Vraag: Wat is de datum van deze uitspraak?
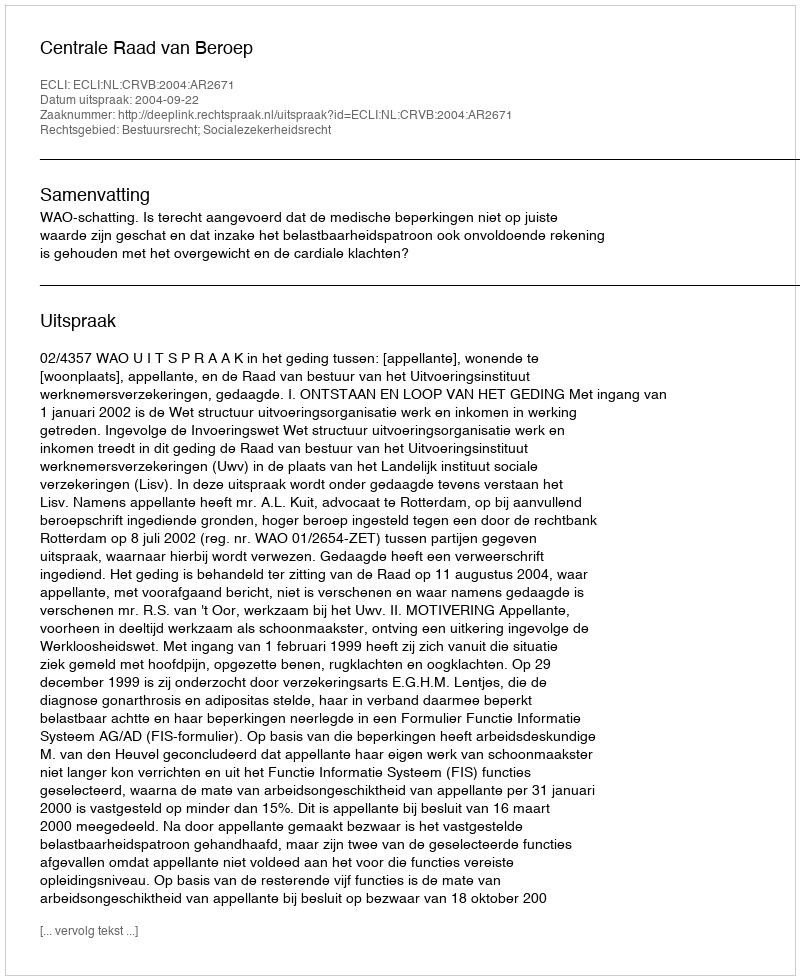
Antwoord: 2004-09-22